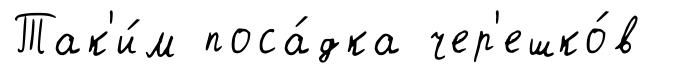
Так'и́м поса́дка чер'ешко́в